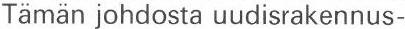
Tämän johdosta uudisrakennus-